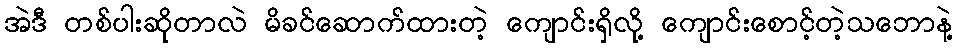
အဲဒီ တစ်ပါးဆိုတာလဲ မိခင်ဆောက်ထားတဲ့ ကျောင်းရှိလို့ ကျောင်းစောင့်တဲ့သဘောနဲ့